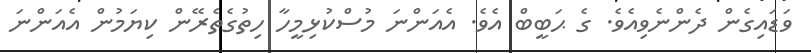
ވަޑައިގެން ދެންނެވިއެވެ. ގެ ޙަބީބް އެވެ. އެއަންނަ މުސްކުޅިމީހާ ހިތުގެތެރޭން ކިޔަމުން އެއަންނަ